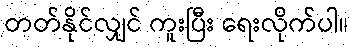
တတ်နိုင်လျှင် ကူးပြီး ရေးလိုက်ပါ။